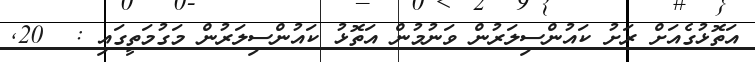
އަތޮޅުގެއަށް ރަށު ކައުންސިލަރުން ވަނުމުން އަތޮޅު ކައުންސިލަރުން މަގުމަތީގައި :  20